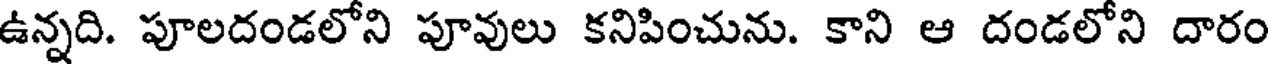
ఉన్నది. పూలదండలోని పూవులు కనిపించును. కాని ఆ దండలోని దారం